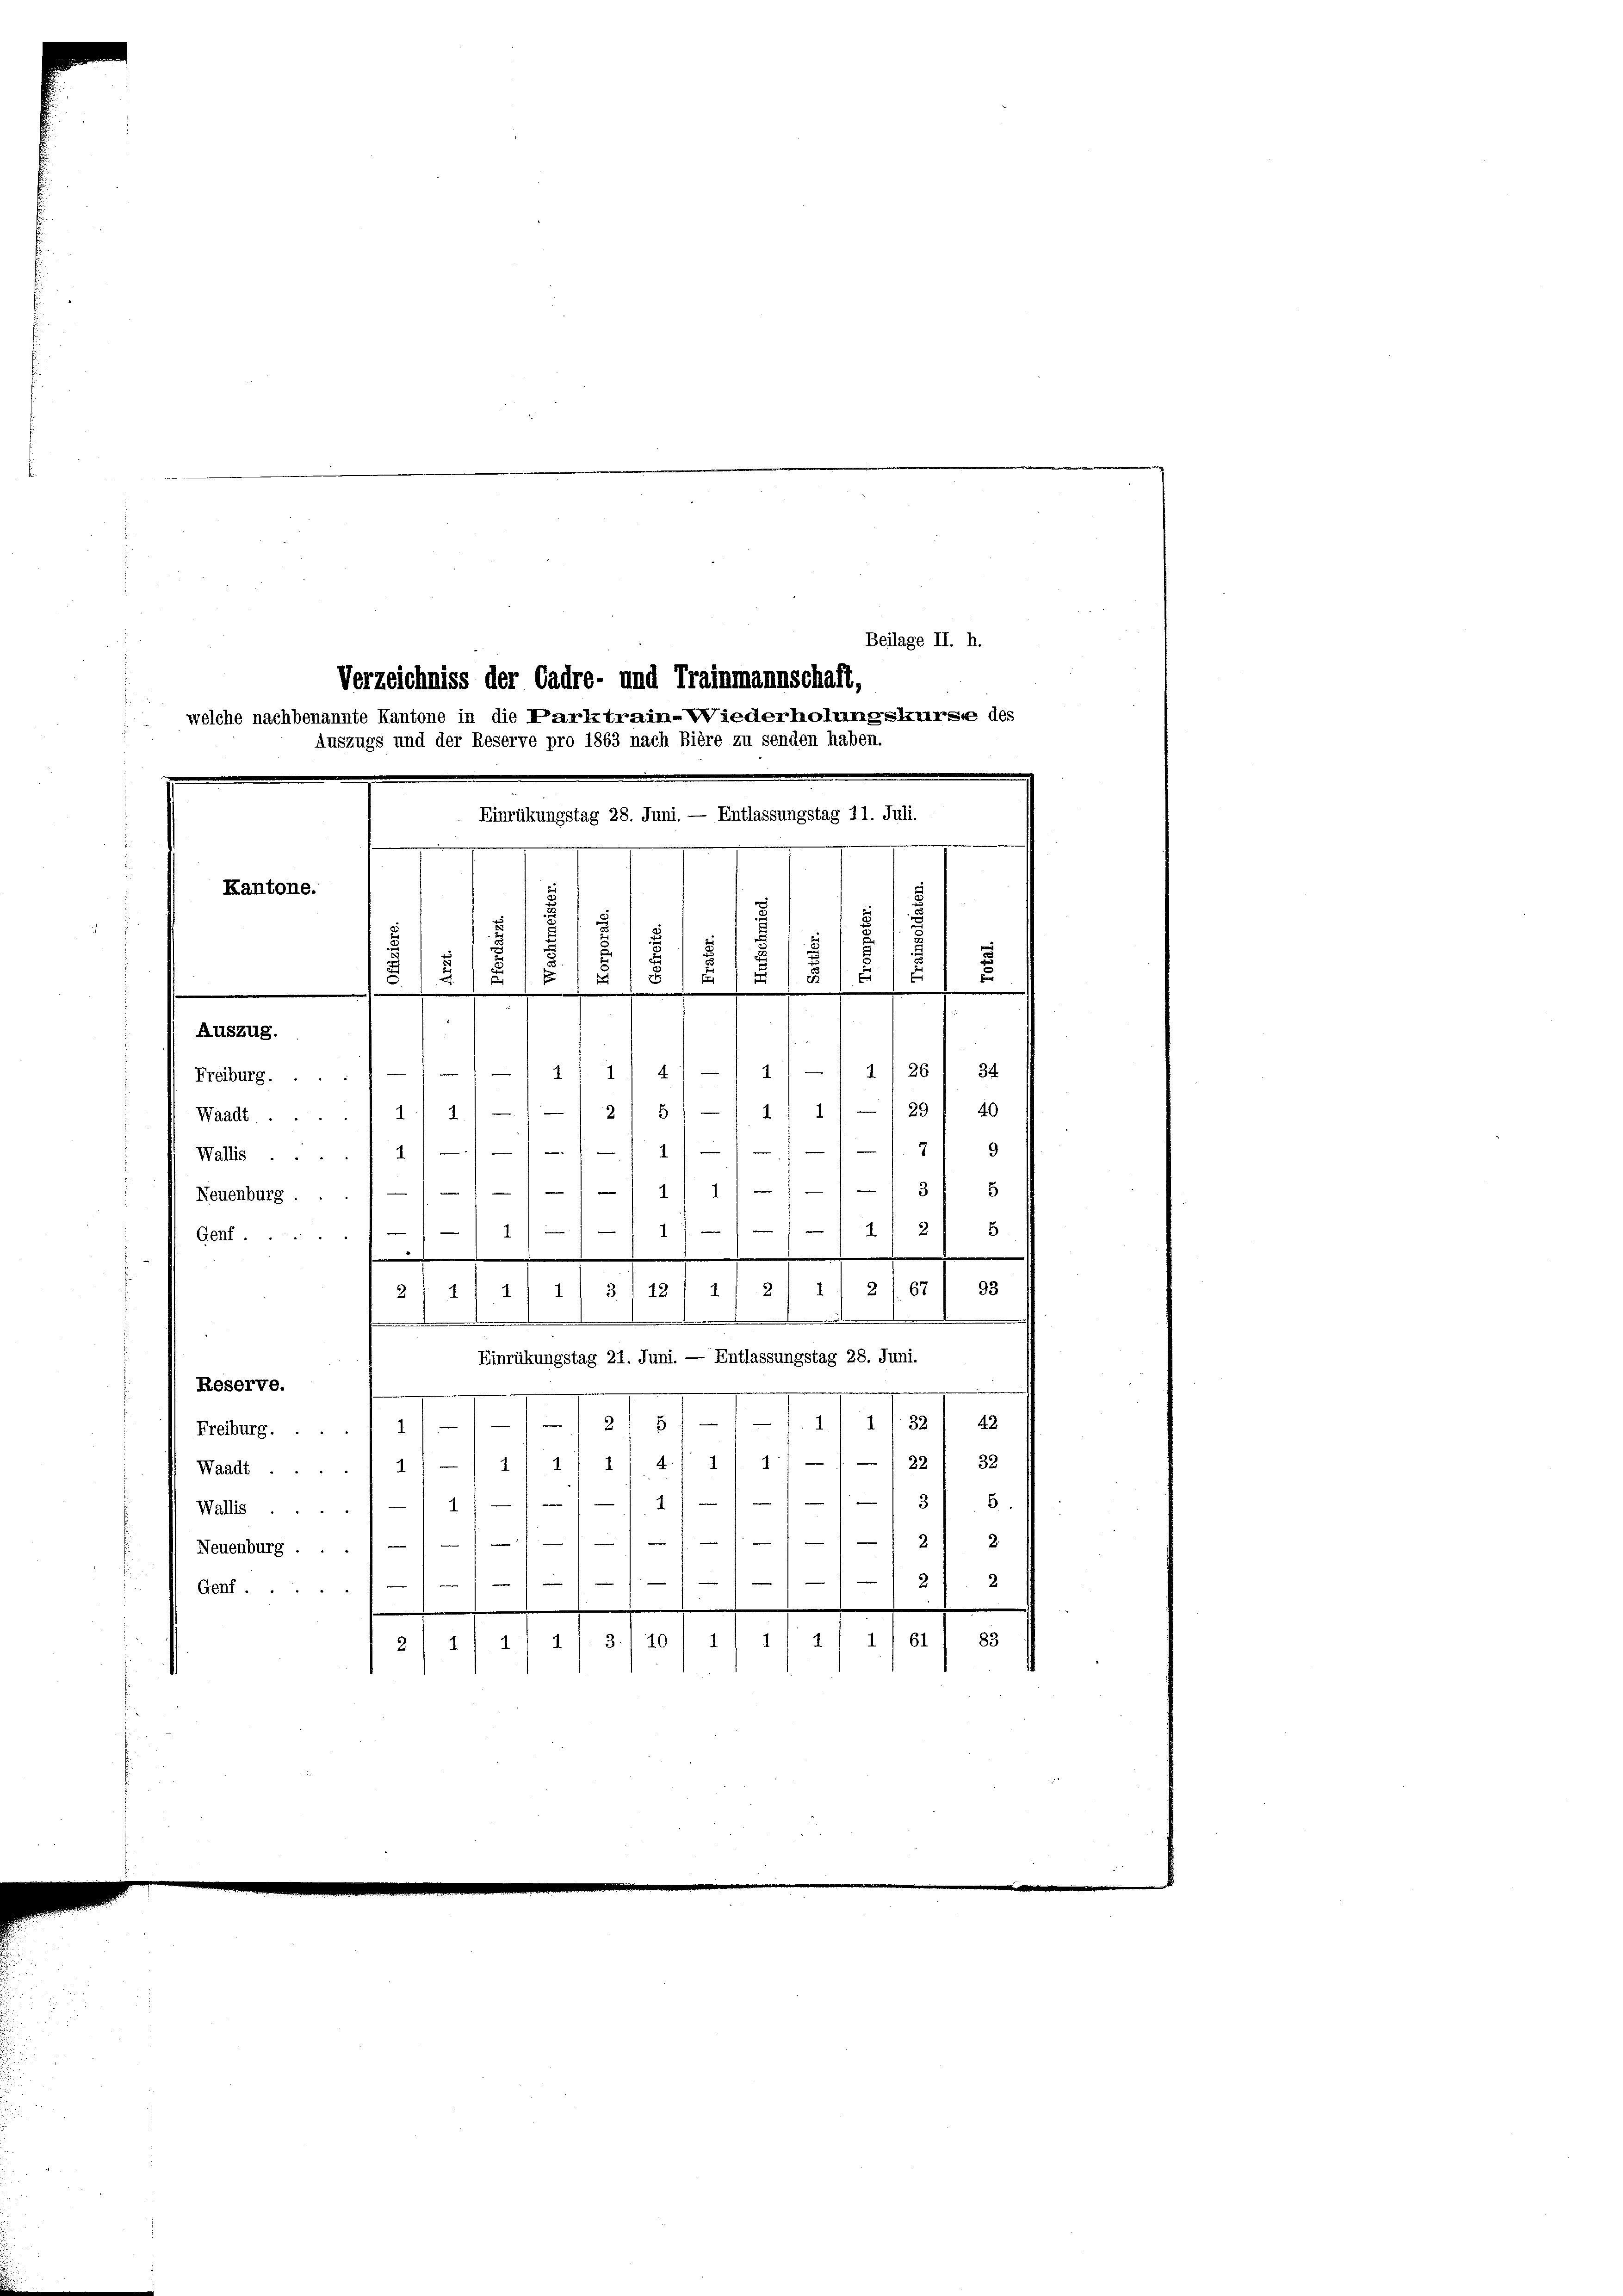
Einrükungstag 28. Juni. — Entlassungstag 11. Juli.
Kantone.
d
.
5
1
s
Auszug.

Waadt 11./12/51-/ 1/ 1/-1297 40
719
Malles . . . . . 4111 4111
 1 1/2 11/113/ 8

5
2
e
e
7
2
1
.
.
se
214/ 1 1/ 3/12/ 1/ 2) 11 267) 93
.
.
Einrükungstag 21. Juni. — Entlassungstag 28. Juni.
Reserve.
.
8fr. 1. Mariat
2
Freiburg.
Waadt 11/11/ 1/4 1/4 1/22/ 32
11/11/31 5.
Wallis 11
Neuenburg 111/1112) 2
2

2
Genf.
n
83
2/2 / 414 f. 3./20/4 114 f 184

Neuenburg . .
Genf.

Beilage II. h.
Verzeichniss der Cadre- und Trainmannschaft,
welche nachbenannte Kantone in die Parktrain-Wiederholungskurse des
Auszugs und der Reserve pro 1863 nach Bière zu senden haben.

Frübung.... 111 11 11 47) 111 1/26) 34